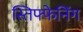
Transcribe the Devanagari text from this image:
स्तिफ्फेनिंग